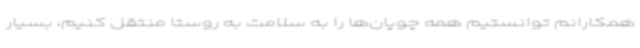
همکارانم توانستیم همه چوپان‌ها را به سلامت به روستا منتقل کنیم، بسیار